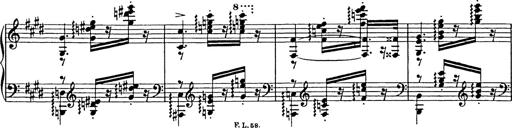
Title: Consolations
Composer: Franz Liszt